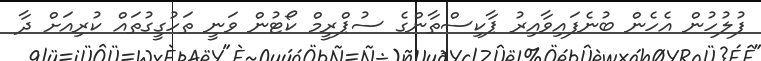
ފުލުހުން އެހެން ބުނެފައިވާއިރު ޕާކިސްތާންގެ ސުޕްރީމް ކޯޓުން ވަނީ ތަހުގީގުތައް ކުރިއަށް ދާ